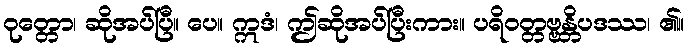
ဝုတ္တော၊ ဆိုအပ်ပြီ။ ပေ။ ဣဒံ၊ ဤဆိုအပ်ပြီးကား။ ပရိဝတ္တဗ္ဗန္တိပဒဿ၊ ၏။